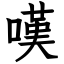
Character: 嘆